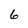
Character: 6